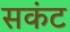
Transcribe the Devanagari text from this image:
सकंट